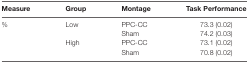
<table><thead><tr><td><b>Measure</b></td><td><b>Group</b></td><td><b>Montage</b></td><td><b>Task Performance</b></td></tr></thead><tbody><tr><td>%</td><td>Low</td><td>PPC-CC</td><td>73.3 (0.02)</td></tr><tr><td></td><td></td><td>Sham</td><td>74.2 (0.03)</td></tr><tr><td></td><td>High</td><td>PPC-CC</td><td>73.1 (0.02)</td></tr><tr><td></td><td></td><td>Sham</td><td>70.8 (0.02)</td></tr></tbody></table>